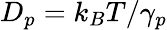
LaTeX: D_{p}=k_{B}T/\gamma_{p}